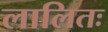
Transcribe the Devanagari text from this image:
लालितः